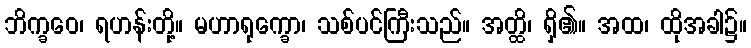
ဘိက္ခဝေ၊ ရဟန်းတို့။ မဟာရုက္ခော၊ သစ်ပင်ကြီးသည်။ အတ္ထိ၊ ရှိ၏။ အထ၊ ထိုအခါ၌။